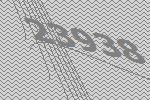
23938